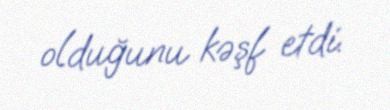
olduğunu kəşf etdi.